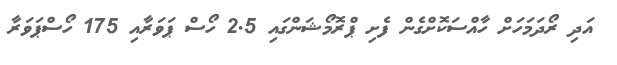
އަދި ރޯދަމަހަށް ހާއްސަކޮށްގެން ފެށި ޕްރޮމޯޝަންގައި 2.5 ހޯސް ޕަވަރާއި 175 ހޯސްޕަވަރާ